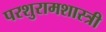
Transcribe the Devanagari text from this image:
परशुरामशास्त्री